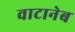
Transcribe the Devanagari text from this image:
वाटानेब